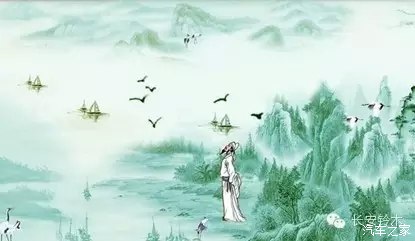
行路难！行路难！多歧路，今安在？